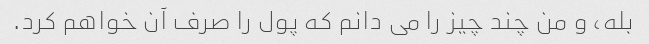
بله، و من چند چیز را می دانم که پول را صرف آن خواهم کرد.